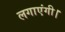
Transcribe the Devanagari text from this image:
लगाएंगी।